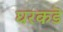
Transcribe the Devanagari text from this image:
घरकडॆ